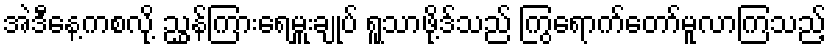
အဲဒီနေ့ကစလို့ ညွှန်ကြားရေမှူးချုပ် ရူသာဖို့ဒ်သည် ကြွရောက်တော်မူလာကြသည့်